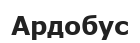
Ардобус